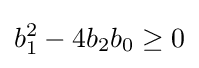
b_{1}^{2}-4b_{2}b_{0}\geq 0